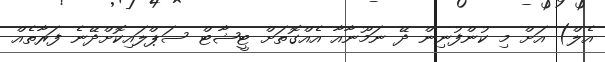
އެލް) އަށް މި ކުންފުނިން ދޭ ނަމޫނާއާ އެއްގޮތަށް ޓީޝާޓް ސަޕްލައިކޮށްދޭނެ ފަރާތެއް